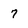
Character: 7